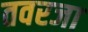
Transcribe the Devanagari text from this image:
तवरजा